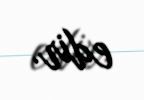
edir.